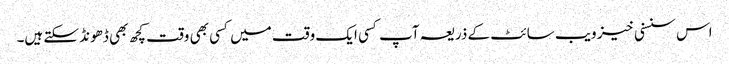
اس سنسنی خیز ویب سائٹ کے ذریعہ آپ کسی ایک وقت میں کسی بھی وقت کچھ بھی ڈھونڈ سکتے ہیں۔